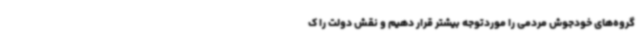
گروه‌های خودجوش مردمی را موردتوجه بیشتر قرار دهیم و نقش دولت را ک